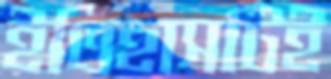
ইতিহাসটিই